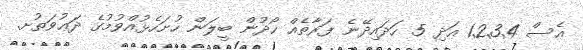
އެސް 1